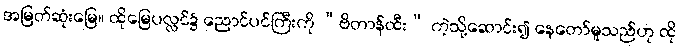
အမြတ်ဆုံးမြေ။ ထိုမြေပလ္လင်၌ ညောင်ပင်ကြီးကို “ဗိတာန်ထီး” ကဲ့သို့ဆောင်း၍ နေတော်မူသည်ဟု ထို